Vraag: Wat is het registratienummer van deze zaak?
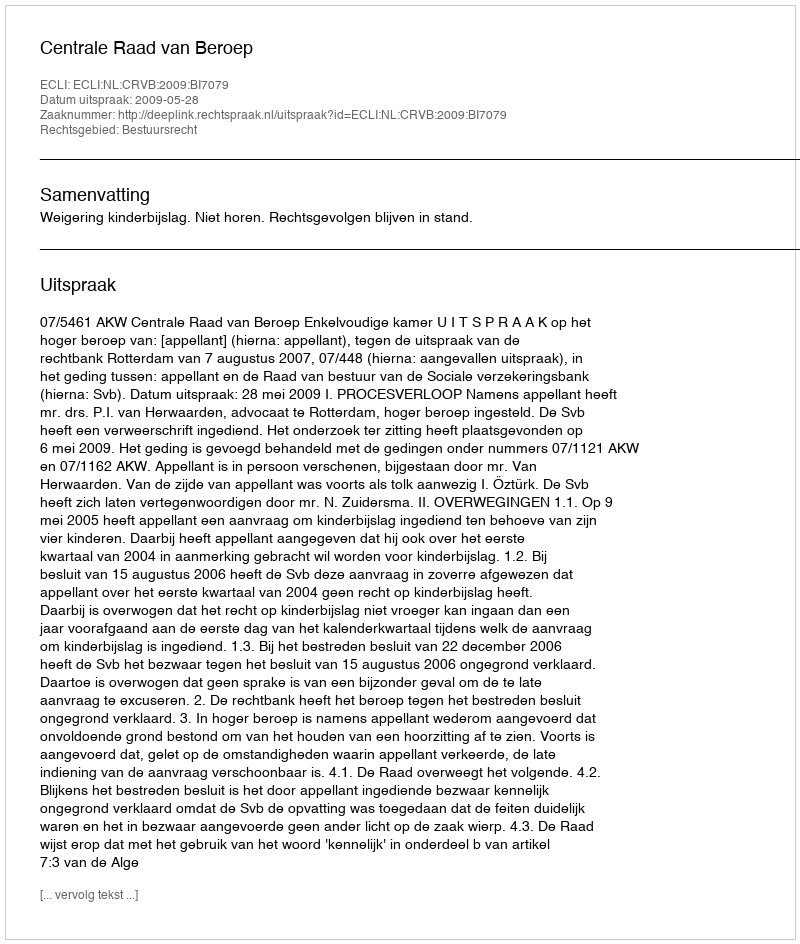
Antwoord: http://deeplink.rechtspraak.nl/uitspraak?id=ECLI:NL:CRVB:2009:BI7079